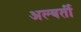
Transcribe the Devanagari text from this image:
अल्बर्ती